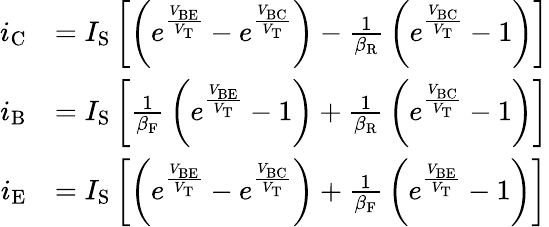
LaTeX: {\begin{array}{rl}{i_{\mathrm{C}}}&{=I_{\mathrm{S}}\left[\left(e^{\frac{V_{\mathrm{BE}}}{V_{\mathrm{T}}}}-e^{\frac{V_{\mathrm{BC}}}{V_{\mathrm{T}}}}\right)-{\frac{1}{\beta_{\mathrm{R}}}}\left(e^{\frac{V_{\mathrm{BC}}}{V_{\mathrm{T}}}}-1\right)\right]}\\ {i_{\mathrm{B}}}&{=I_{\mathrm{S}}\left[{\frac{1}{\beta_{\mathrm{F}}}}\left(e^{\frac{V_{\mathrm{BE}}}{V_{\mathrm{T}}}}-1\right)+{\frac{1}{\beta_{\mathrm{R}}}}\left(e^{\frac{V_{\mathrm{BC}}}{V_{\mathrm{T}}}}-1\right)\right]}\\ {i_{\mathrm{E}}}&{=I_{\mathrm{S}}\left[\left(e^{\frac{V_{\mathrm{BE}}}{V_{\mathrm{T}}}}-e^{\frac{V_{\mathrm{BC}}}{V_{\mathrm{T}}}}\right)+{\frac{1}{\beta_{\mathrm{F}}}}\left(e^{\frac{V_{\mathrm{BE}}}{V_{\mathrm{T}}}}-1\right)\right]}\end{array}}